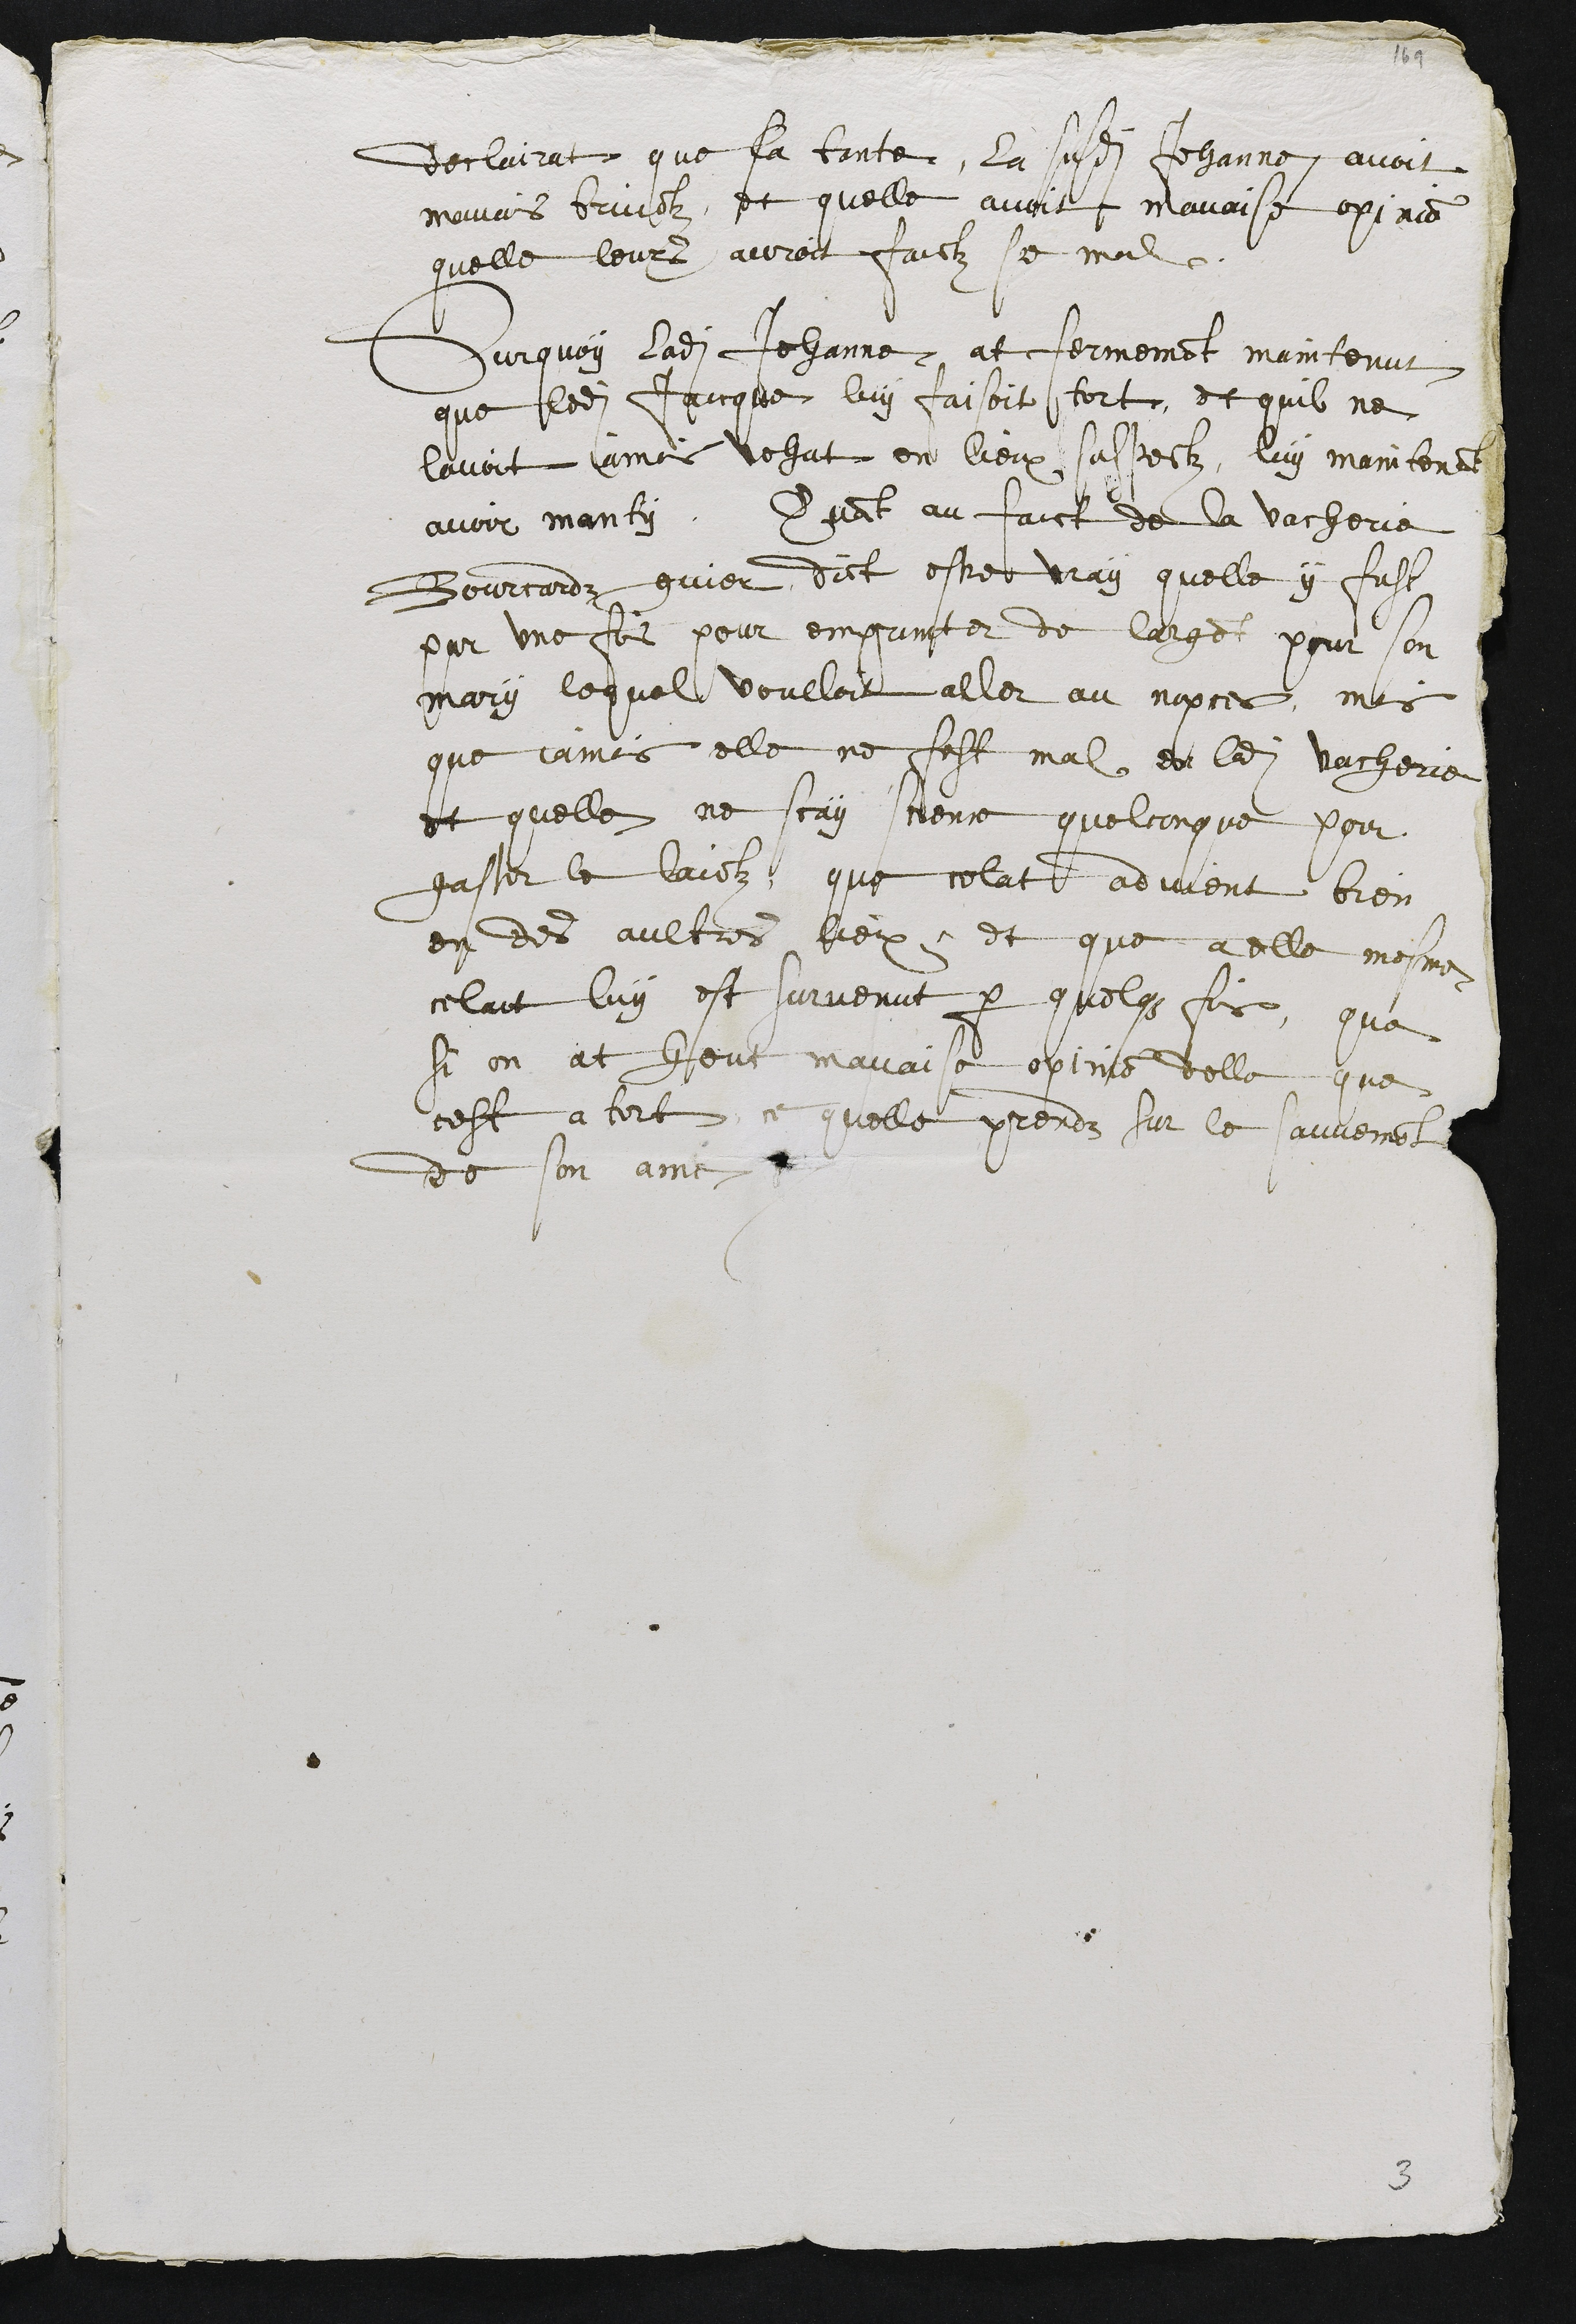
declairat que sa tante, la susdite Jehanne avoit
mavais bruictz, et quelle avoit mavaise opinion
quelle leurs auroit faictz se mal
Surquoy ladite Jehanne at fermement maintenut
que ledit Jaicque luy faisoit tort, et quil ne
lavoit jamais vehut en lieux suspectz, luy maintenant
avoir manty, Quant au faict de la vacherie
Bourcardz guier dict estre vray quelle y fust
par une fois pour emprunter de largent pour son
mary lequel voulloit aller au nopces, mais
que jamais elle ne fest mal en ladite vacherie
et quelle ne scay science quelconque pour
gaster le laictz, que celat advient bien
en des aultres lieux, et que a elle mesme
celat luy est survenut par quelques fois, que
si on at heut mauvaise opinion delle que
cest a tort, ce quelle prendz sur le sauvement
de son ame

3